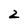
Character: z